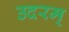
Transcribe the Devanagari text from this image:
उदरम्‌